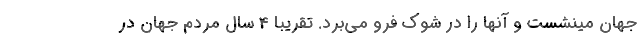
جهان مینشست و آنها را در شوک فرو می‌برد. تقریبا 4 سال مردم جهان در